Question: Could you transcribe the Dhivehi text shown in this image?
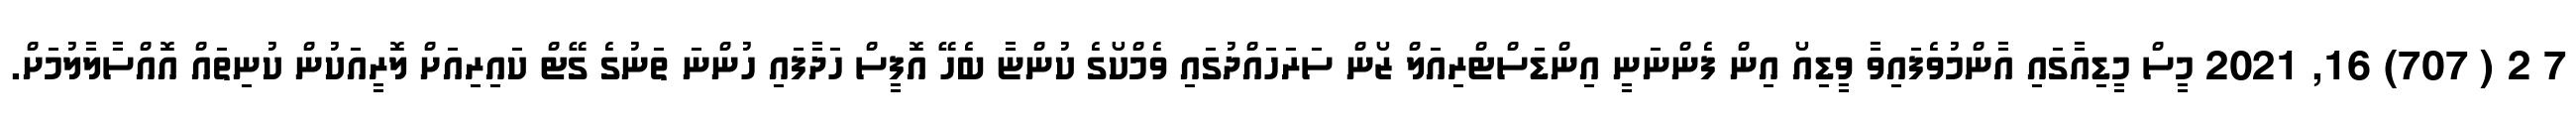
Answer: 7 2 ( 707) 16, 2021 މީސް މީޑިއާގައި އާންމުވެފައިވާ ވީޑިއޯ އިން ފެންނަނީ އިންޑަސްޓްރިއަލް ޒޯން ސަރަހައްދުގައި ވެމްކޯގެ ކުންޏާ ބެހޭ އޮފީސް ހަދާފައި ހުންނަ ތަނުގެ ގޭޓް ކައިރިއަށް ލޮރީއަކުން ކުނިތައް އޮއްސާލާލުމަށް.